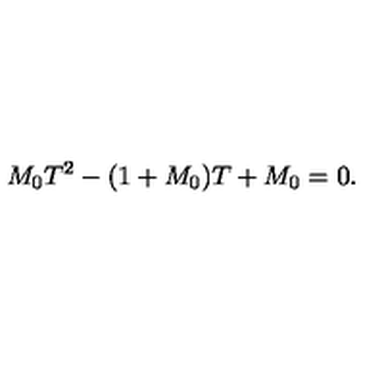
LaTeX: M _ { 0 } T ^ { 2 } - ( 1 + M _ { 0 } ) T + M _ { 0 } = 0 .